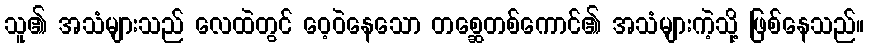
သူ၏ အသံများသည် လေထဲတွင် ဝေ့ဝဲနေသော တစ္ဆေတစ်ကောင်၏ အသံများကဲ့သို့ ဖြစ်နေသည်။